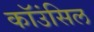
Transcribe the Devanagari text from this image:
कॉउंसिल